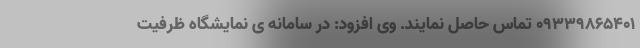
۰۹۳۳۹۸۶۵۴۰۱ تماس حاصل نمایند. وی افزود: در سامانه ی نمایشگاه ظرفیت